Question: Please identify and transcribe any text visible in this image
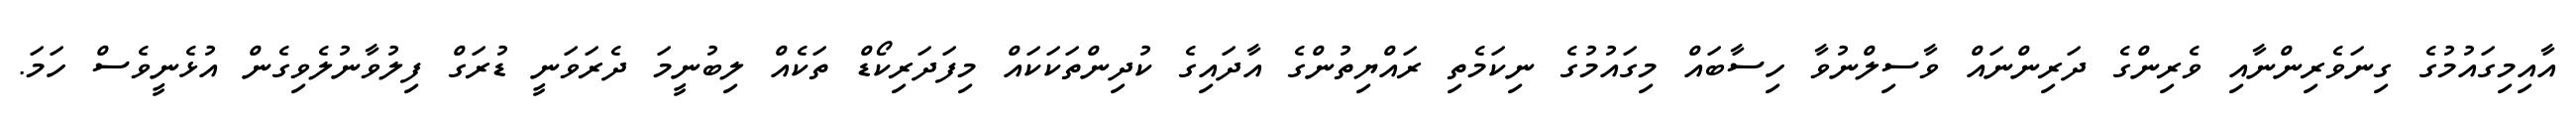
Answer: އާއިމިގައުމުގެ ގިނަވެރިންނާއި ވެރިންގެ ދަރިންނައް ވާސިލްނުވާ ހިސާބައް މިގައުމުގެ ނިކަމެތި ރައްޔިތުންގެ އާދައިގެ ކުދިންތަކަކައް މިފަދަރިކޯޑް ތަކެއް ލިބުނީމަ ދެރަވަނީ ޑުރަގް ފިލުވާނުލެވިގެން އުޅެނީވެސް ހަމަ.